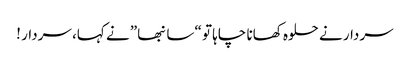
سردار نے حلوہ کھانا چاہا تو “سانبھا” نے کہا، سردار !